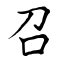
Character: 召